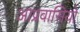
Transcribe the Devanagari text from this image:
आप्रवासियो